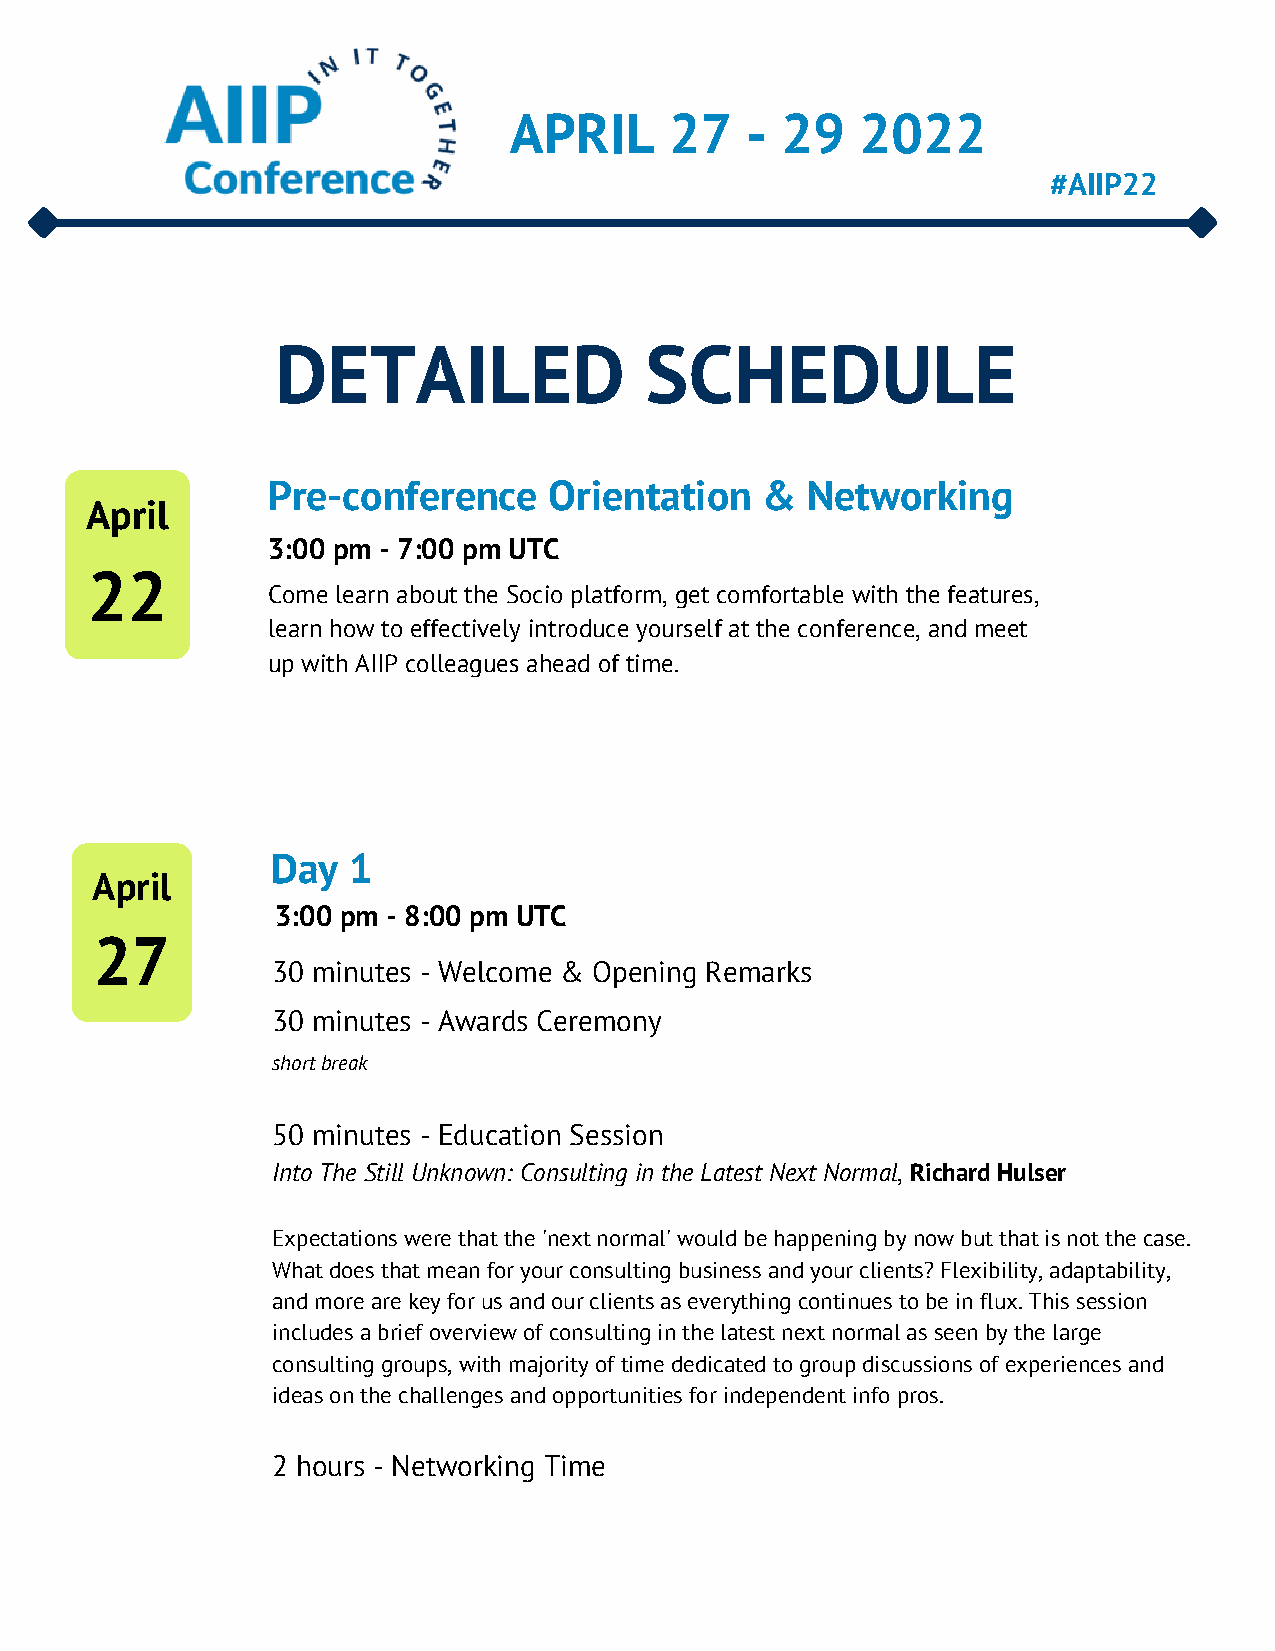
APRIL     27   -  29   2022
 #AIIP22
 DETAILED                 SCHEDULE
 Pre-conference    Orientation   &  Networking
 April
 3:00 pm - 7:00 pm UTC
 22
 Come learn about the Socio platform, get comfortable with the features,
 learn how to effectively introduce yourself at the conference, and meet
 up with AIIP colleagues ahead of time.
 Day  1
 April
 3:00 pm - 8:00 pm UTC
 27
 30 minutes - Welcome & Opening Remarks
 30 minutes - Awards Ceremony
 short break
 50 minutes - Education Session
 Into The Still Unknown: Consulting in the Latest Next Normal, Richard Hulser
 Expectations were that the 'next normal' would be happening by now but that is not the case.
 What does that mean for your consulting business and your clients? Flexibility, adaptability,
 and more are key for us and our clients as everything continues to be in flux. This session
 includes a brief overview of consulting in the latest next normal as seen by the large
 consulting groups, with majority of time dedicated to group discussions of experiences and
 ideas on the challenges and opportunities for independent info pros.
 2 hours - Networking Time